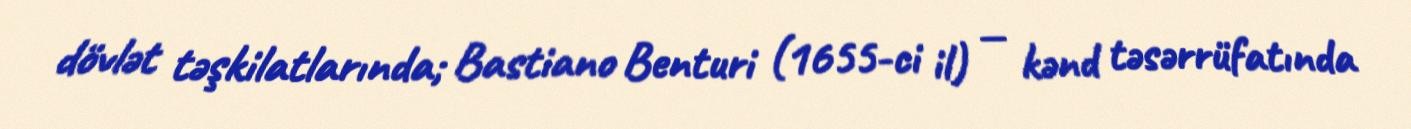
dövlət təşkilatlarında; Bastiano Benturi (1655-ci il) — kənd təsərrüfatında